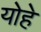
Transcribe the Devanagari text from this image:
योहे